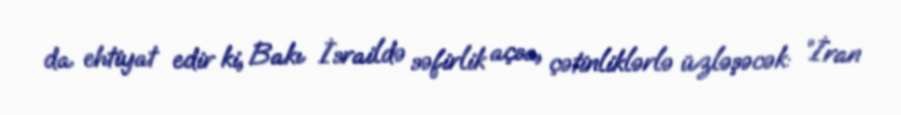
da ehtiyat edir ki, Bakı İsraildə səfirlik açsa, çətinliklərlə üzləşəcək: “İran